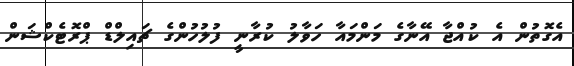
އެގޮތުން އެ ކުއްޖާ އޭނާގެ މަންމައާ ހަވާލު ކުރާނީ ފުލުހުންގެ ޗައިލްޑް ޕްރޮޓެކްޝަން